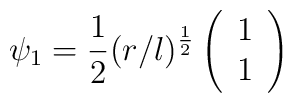
\psi_1=\frac{1}{2}(r/l)^{\frac{1}{2}}\left( \begin{array}{c} 1 \\ 1 \end{array} \right)